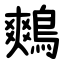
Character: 鷞